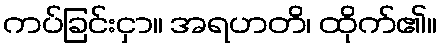
ကပ်ခြင်းငှာ။ အရဟတိ၊ ထိုက်၏။